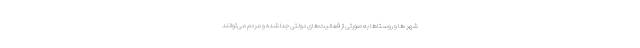
شهر ها و روستاها به صورتی از فعالیت‌های دولتی جدا شده و مردم می‌توانند